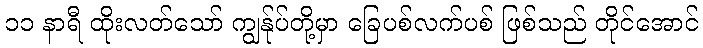
၁၁ နာရီ ထိုးလတ်သော် ကျွန်ုပ်တို့မှာ ခြေပစ်လက်ပစ် ဖြစ်သည် တိုင်အောင်